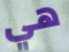
هي